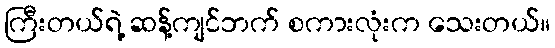
ကြီးတယ်ရဲ့ ဆန့်ကျင်ဘက် စကားလုံးက သေးတယ်။